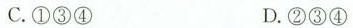
C. ①③④ D. ②③④